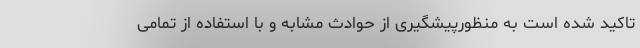
تاکید شده است به منظورپیشگیری از حوادث مشابه و با استفاده از تمامی